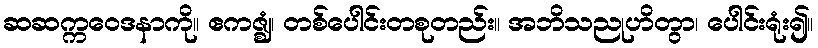
ဆဆက္ကဝေဒနာကို။ ဧကဇ္ဈံ၊ တစ်ပေါင်းတစုတည်း။ အဘိသညုဟိတွာ၊ ပေါင်းရုံး၍။